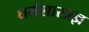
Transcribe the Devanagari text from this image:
धर्मशास्त्रज्ञ